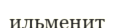
ильменит